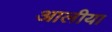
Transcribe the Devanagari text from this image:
आलीया